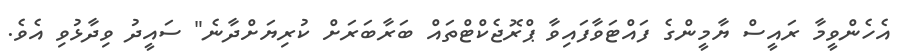
އެހެންވީމާ ރައީސް ޔާމީންގެ ފައްޓަވާފައިވާ ޕްރޮޖެކްޓްތައް ބަރާބަރަށް ކުރިޔަށްދާނެ" ސައީދު ވިދާޅުވި އެވެ.